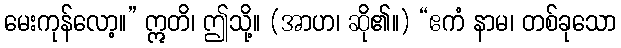
မေးကုန်လော့။” ဣတိ၊ ဤသို့။ (အာဟ၊ ဆို၏။) “ဧကံ နာမ၊ တစ်ခုသော